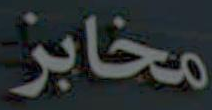
مخابز